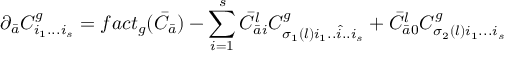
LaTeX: \partial _ { \bar { a } } C _ { i _ { 1 } . . . i _ { s } } ^ { g } = f a c t _ { g } ( { \bar { C } } _ { \bar { a } } ) - \sum _ { i = 1 } ^ { s } { \bar { C } } _ { { \bar { a } } i } ^ { l } C _ { \sigma _ { 1 } ( l ) i _ { 1 } . . { \hat { i } } . . i _ { s } } ^ { g } + { \bar { C } } _ { { \bar { a } } 0 } ^ { l } C _ { \sigma _ { 2 } ( l ) i _ { 1 } . . . i _ { s } } ^ { g }